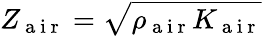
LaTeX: Z_{\mathrm{~a~i~r~}}=\sqrt{\rho_{\mathrm{~a~i~r~}}K_{\mathrm{~a~i~r~}}}